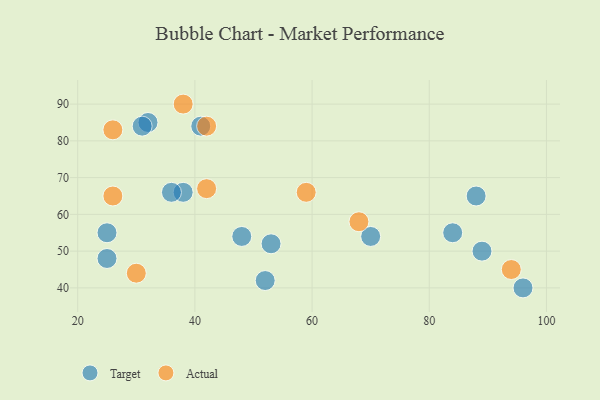
{"axis": {"x": "GDP", "y": "Life Expectancy"}, "legend": ["Actual", "Target"], "data": [{"x": "70", "y": 54, "type": "Target"}, {"x": "84", "y": 55, "type": "Target"}, {"x": "52", "y": 42, "type": "Target"}, {"x": "96", "y": 40, "type": "Target"}, {"x": "88", "y": 65, "type": "Target"}, {"x": "25", "y": 55, "type": "Target"}, {"x": "48", "y": 54, "type": "Target"}, {"x": "89", "y": 50, "type": "Target"}, {"x": "53", "y": 52, "type": "Target"}, {"x": "32", "y": 85, "type": "Target"}, {"x": "41", "y": 84, "type": "Target"}, {"x": "38", "y": 66, "type": "Target"}, {"x": "36", "y": 66, "type": "Target"}, {"x": "25", "y": 48, "type": "Target"}, {"x": "31", "y": 84, "type": "Target"}, {"x": "26", "y": 65, "type": "Actual"}, {"x": "26", "y": 83, "type": "Actual"}, {"x": "30", "y": 44, "type": "Actual"}, {"x": "42", "y": 84, "type": "Actual"}, {"x": "59", "y": 66, "type": "Actual"}, {"x": "38", "y": 90, "type": "Actual"}, {"x": "68", "y": 58, "type": "Actual"}, {"x": "94", "y": 45, "type": "Actual"}, {"x": "42", "y": 67, "type": "Actual"}]}